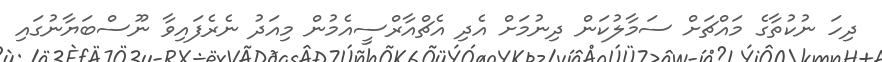
ދިހަ ނުކުތާގެ މައްޗަށް ސަމާލުކަން ދިނުމަށް އެދި އެޗްއާރްސީއެމުން މިއަދު ނެރެފައިވާ ނޫސްބަޔާނުގައި